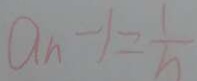
a _ { n } - 1 = \frac { 1 } { h }